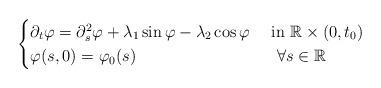
LaTeX: \begin{align*}\begin{cases}\partial_t\varphi=\partial^2_s\varphi+\lambda_1\sin\varphi-\lambda_2\cos\varphi ~&\mbox{in}~ \mathbb R\times (0,t_0) \\\varphi (s,0)=\varphi_0(s) ~&\mbox{}~ \forall s\in\mathbb R \end{cases}\end{align*}